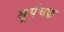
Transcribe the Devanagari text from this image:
सूर्यचक्र